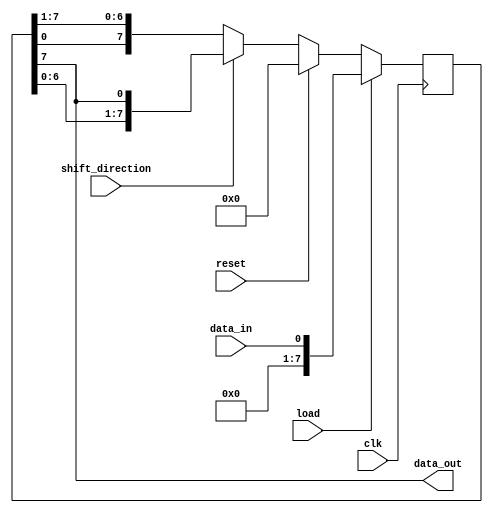
module shift_register(
    input wire clk,
    input wire reset,
    input wire shift_direction,
    input wire load,
    input wire data_in,
    output reg data_out
);

reg [7:0] shift_reg;

always @(posedge clk) begin
    if(reset) begin
        shift_reg <= 8'h00;
    end else begin
        if(shift_direction) begin
            shift_reg <= {shift_reg[6:0], shift_reg[7]};
        end else begin
            shift_reg <= {shift_reg[0], shift_reg[7:1]};
        end
    end

    if(load) begin
        shift_reg <= data_in;
    end
end

assign data_out = shift_reg[7];

endmodule